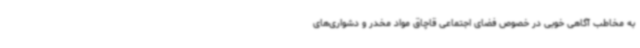
به مخاطب آگاهی خوبی در خصوص فضای اجتماعی قاچاق مواد مخدر و دشواری‌های